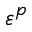
\varepsilon ^ { p }